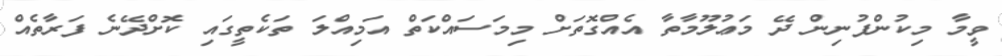
ވީމާ މިކުންފުނިން ދޭ މަޢުލޫމާތާ އެއްގޮތަށް މިމަސައްކަތް އަމިއްލަ ތަކެތީގައި ކޮށްދޭނެ ފަރާތެއް